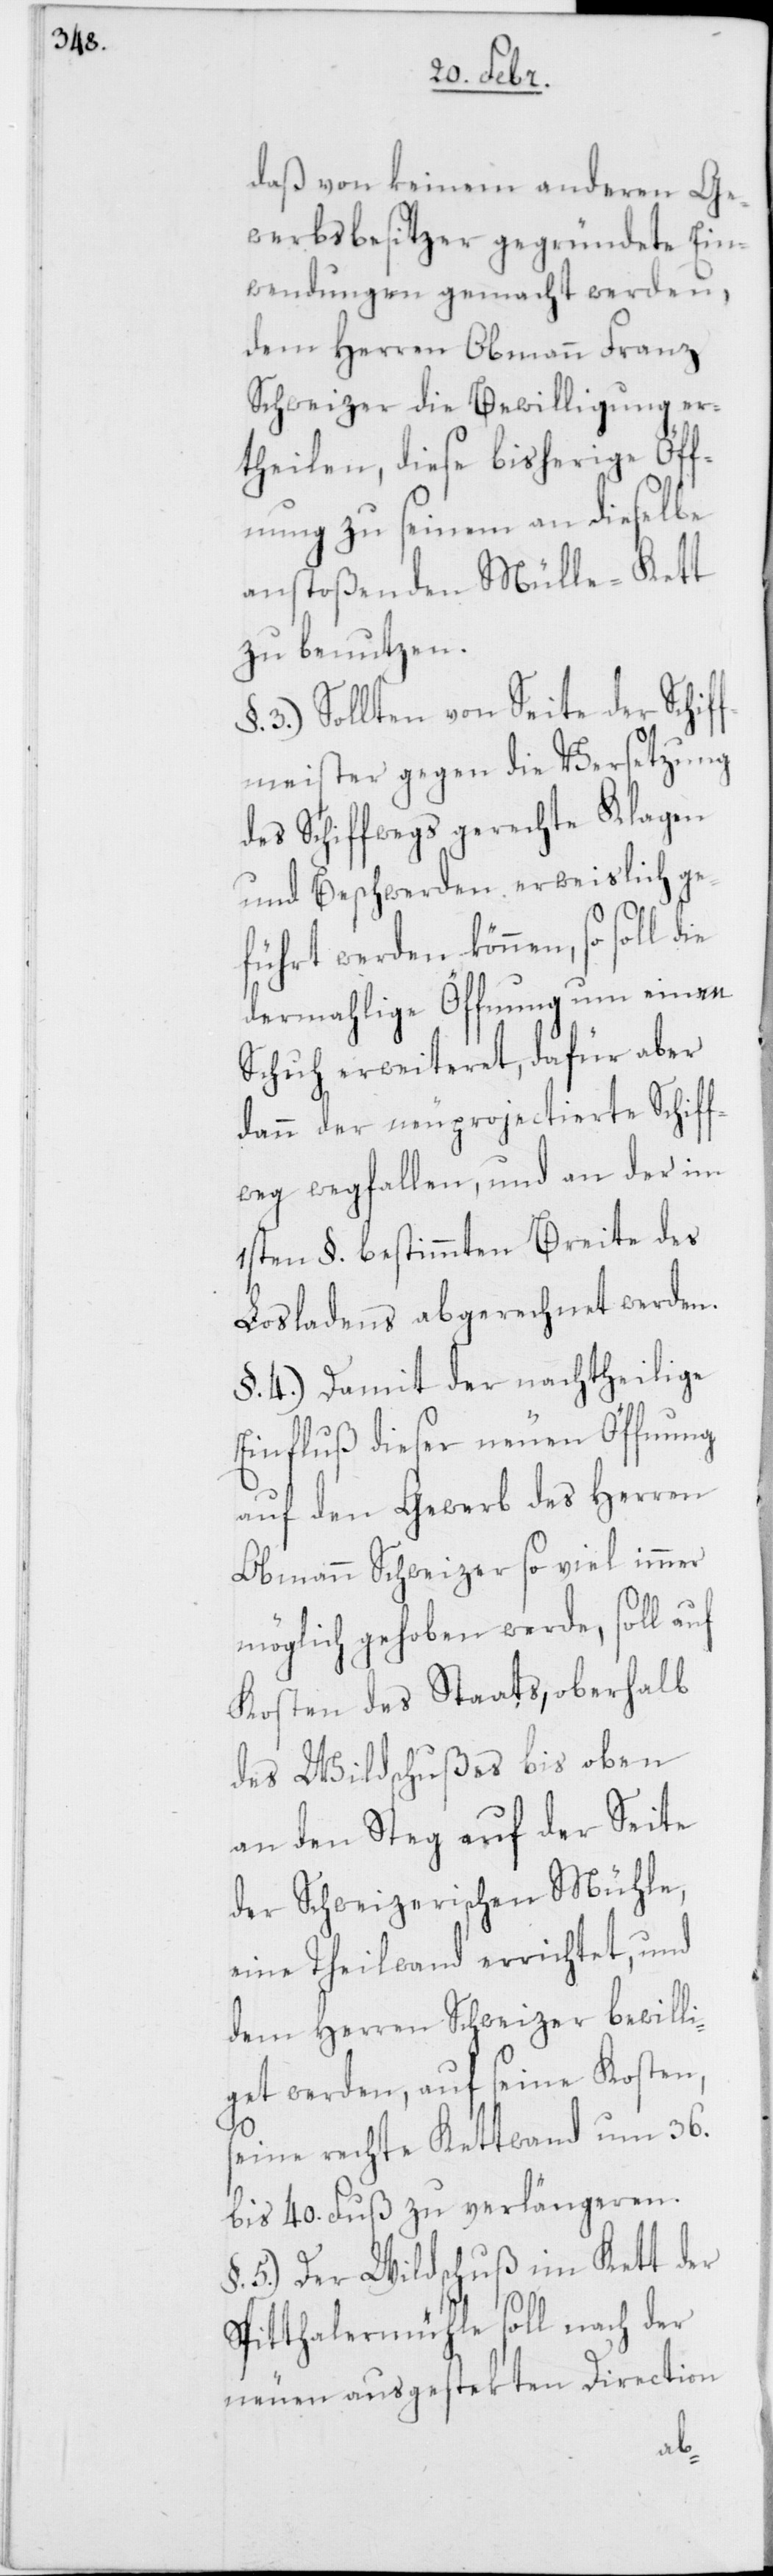
daß von keinem anderen Ge¬
werbsbesitzer gegründete Ein¬
wendungen gemacht werden,
dem Herren Obmann Franz
Schweizer die Bewilligung er¬
theilen, diese bisherige Öff¬
nung zu seinem an dieselbe
anstoßenden Mülle-Kett
zu benutzen.
3.) Sollten von Seite der Schif¬
fmeister gegen die Versetzung
des Schiffwegs gerechte Klagen
und Beschwerden erweislich ge¬
führt werden können, so
dermahlige Öffnung um einen
Schuh erweiteret, dafür aber
dann der neu projectierte Schiff¬
weg wegfallen, und an der im
1sten §. bestimmten Breite des
Losladens abgerechnet werden.
§. 4.) Damit der nachtheilige
Einfluß dieser neuen Öffnung
auf den Gewerb des Herren
Obmann Schweizer so viel immer
möglich gehoben werde, soll auf
Kosten des Staats, oberhalb
des Wildschußes bis oben
an den Steg auf der Seite
der Schweizerischen Mühle,
eine Theilwand errichtet, und
dem Herren Schweizer bewill¬
iget werden, auf seine Kosten,
seine rechte Kettwand um 36.
bis 40. Fuß zu verlängeren.
§. 5.) Der Wildschuß im Kett der
Spitthalermühle soll nach der
neuen ausgestekten Direction